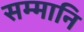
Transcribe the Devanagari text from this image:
सम्मानि